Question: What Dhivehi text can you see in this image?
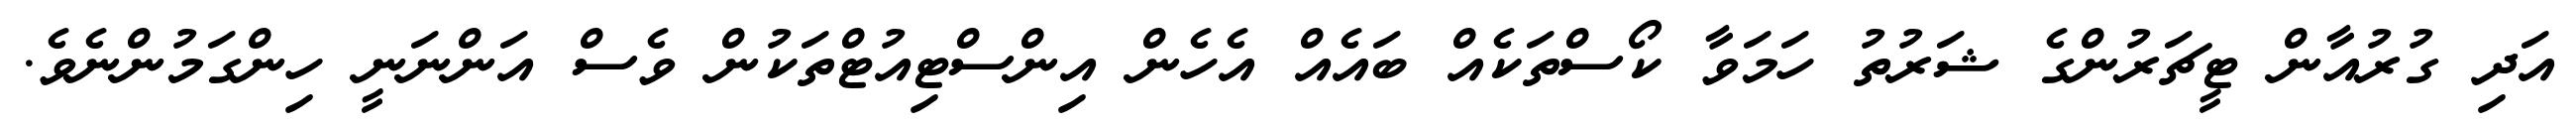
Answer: އަދި ގުރުއާން ޓީޗަރުންގެ ޝަރުތު ހަމަވާ ކޯސްތަކެއް ބައެއް އެހެން އިންސްޓިއުޓްތަކުން ވެސް އަންނަނީ ހިންގަމުންނެވެ.